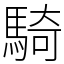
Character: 騎